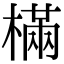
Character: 樠